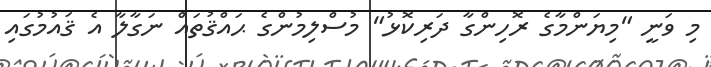
މި ވަނީ "މިޔަންމާގެ ރޮހިންގާ ދަރިކޮޅު" މުސްލިމުންގެ ޙައްޤުތައް ނަގާލާ އެ ޤައުމުގައި